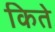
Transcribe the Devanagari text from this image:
किते